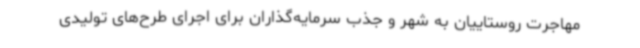
مهاجرت روستاییان به شهر و جذب سرمایه‌گذاران برای اجرای طرح‌های تولیدی